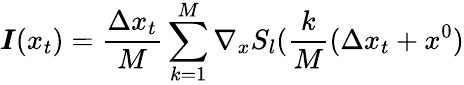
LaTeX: \pmb{I}(x_{t})=\frac{\Delta x_{t}}{M}\sum_{k=1}^{M}\nabla_{x}S_{l}(\frac{k}{M}(\Delta x_{t}+x^{0})